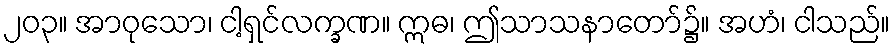
၂၀၃။ အာဝုသော၊ ငါ့ရှင်လက္ခဏ။ ဣဓ၊ ဤသာသနာတော်၌။ အဟံ၊ ငါသည်။